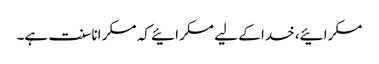
مسکرائیے، خدا کے لیے مسکرائیے کہ مسکرانا سنت ہے۔